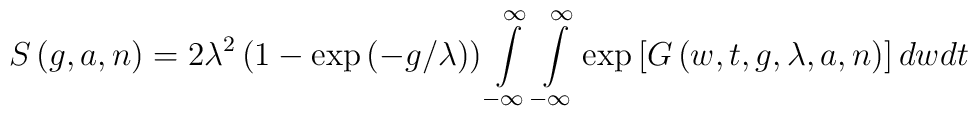
S\left( g,a,n\right) =2\lambda ^2\left( 1-\exp \left( -g/\lambda \right)\right) \int\limits_{-\infty }^\infty \int\limits_{-\infty }^\infty \exp\left[ G\left( w,t,g,\lambda ,a,n\right) \right] dwdt